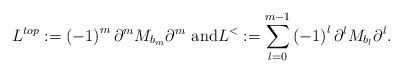
LaTeX: \begin{align*}L^{top}:=\left( -1\right) ^{m}\partial^{m}M_{b_{m}}\partial^{m}\text{ and}L^{<}:=\sum_{l=0}^{m-1}\left( -1\right) ^{l}\partial^{l}M_{b_{l}}\partial^{l}. \end{align*}